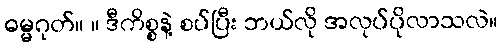
ဓမ္မဂုတ်။ ။ ဒီကိစ္စနဲ့ စပ်ပြီး ဘယ်လို အလုပ်ပိုလာသလဲ။